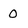
Character: O